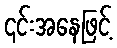
၎င်းအနေဖြင့်